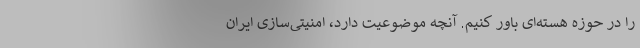
را در حوزه هسته‌ای باور کنیم. آنچه موضوعیت دارد، امنیتی‌سازی ایران